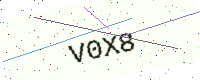
Text: V0X8